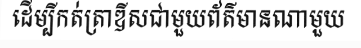
ដើម្បីកត់ត្រាឌីសជាមួយព័ត៌មានណាមួយ